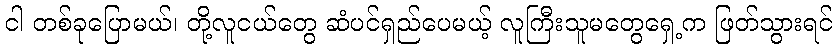
ငါ တစ်ခုပြောမယ်၊ တို့လူငယ်တွေ ဆံပင်ရှည်ပေမယ့် လူကြီးသူမတွေရှေ့က ဖြတ်သွားရင်